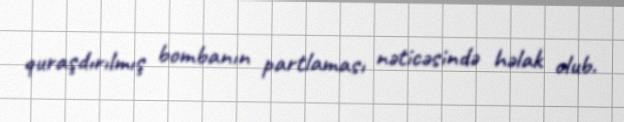
quraşdırılmış bombanın partlaması nəticəsində həlak olub.